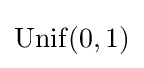
\mathrm {Unif} (0,1)